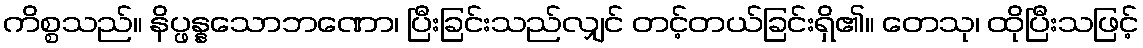
ကိစ္စသည်။ နိပ္ဖန္နသောဘဏော၊ ပြီးခြင်းသည်လျှင် တင့်တယ်ခြင်းရှိ၏။ တေသု၊ ထိုပြီးသဖြင့်